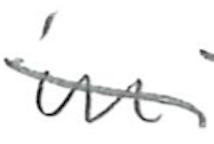
Text: in
Cross-out: diagonal
Writing tool: pencil